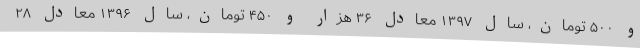
و ۵۰۰ تومان، سال ۱۳۹۷ معادل ۳۶ هزار و ۴۵۰ تومان، سال ۱۳۹۶ معادل ۲۸